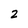
Character: 2